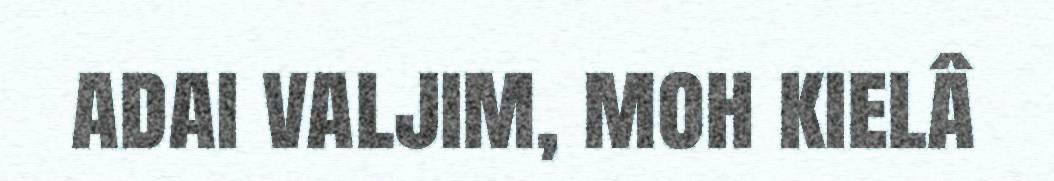
adai valjim, moh kielâ